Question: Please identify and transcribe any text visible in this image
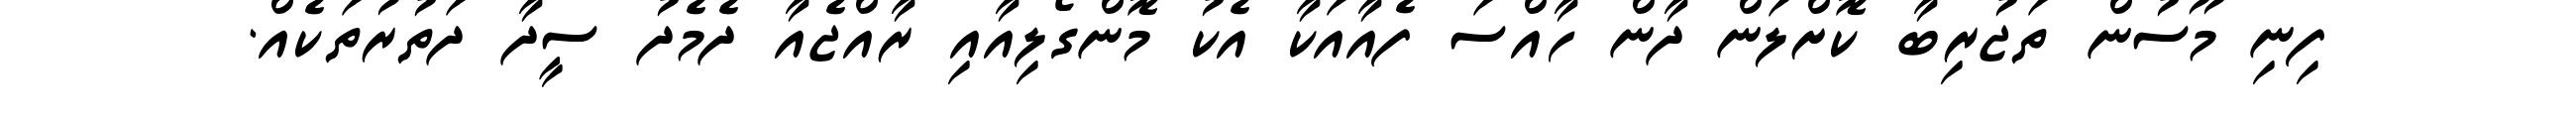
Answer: ފިނި މޫސުން ތަޖުރިބާ ކޮށްލަން ދާން ހާއްސަ ފެއާއަކާ އެކު މޮންގޯލިއާއި ރާއްޖެއާ ދެމެދު ސީދާ ދަތުރުތަކެއް.